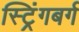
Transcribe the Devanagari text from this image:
स्ट्रिंगबर्ग